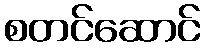
စတင်ဆောင်